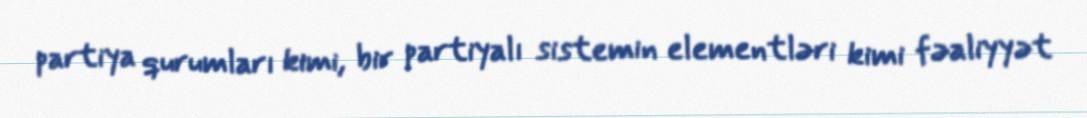
partiya qurumları kimi, bir partiyalı sistemin elementləri kimi fəaliyyət